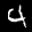
Label: 4